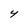
Character: Y